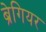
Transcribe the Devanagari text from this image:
ब्रेगियर